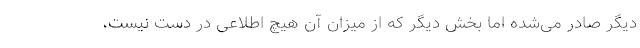
دیگر صادر می‌شده اما بخش دیگر که از میزان آن هیچ اطلاعی در دست نیست،